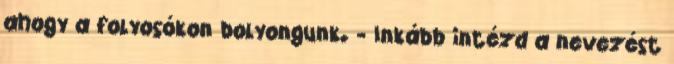
ahogy a folyosókon bolyongunk. - Inkább intézd a nevezést